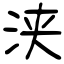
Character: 浃